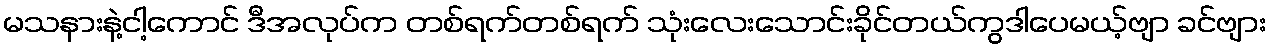
မသနားနဲ့ငါ့ကောင် ဒီအလုပ်က တစ်ရက်တစ်ရက် သုံးလေးသောင်းခိုင်တယ်ကွဒါပေမယ့်ဗျာ ခင်ဗျား